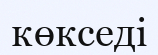
көкседі